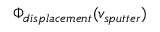
\Phi _ { d i s p l a c e m e n t } ( v _ { s p u t t e r } )